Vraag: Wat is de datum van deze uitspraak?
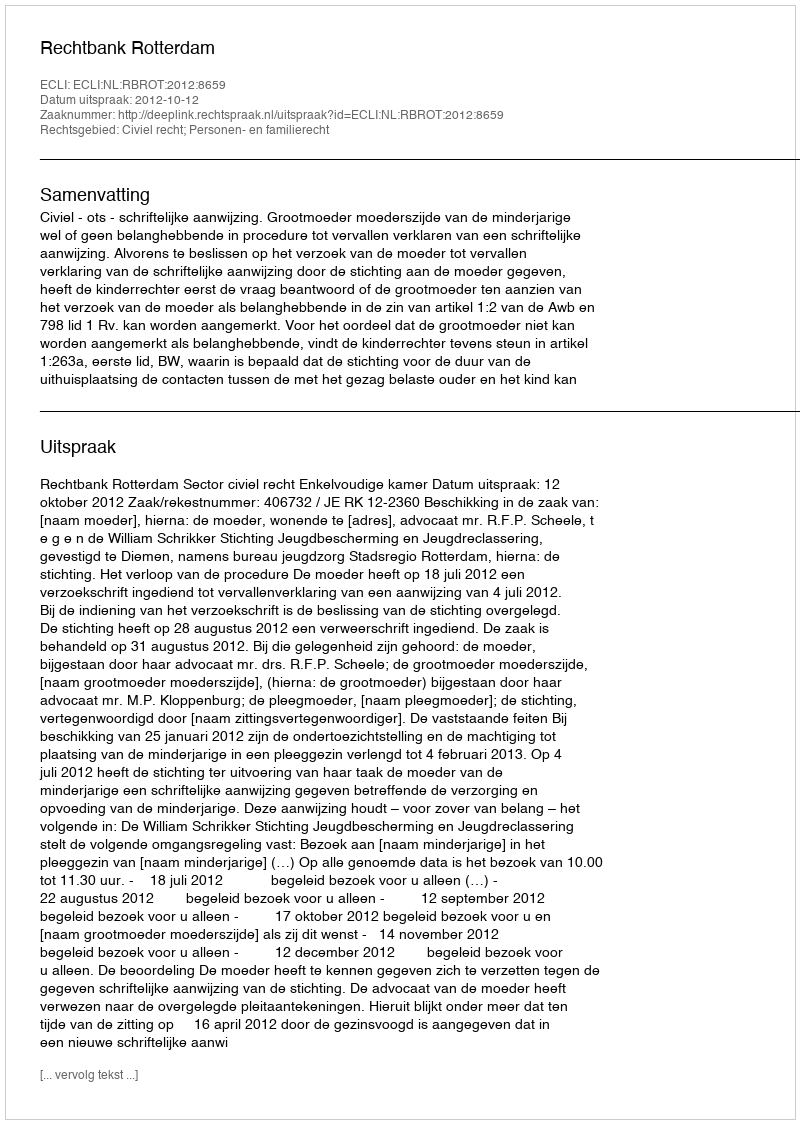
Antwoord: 2012-10-12